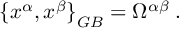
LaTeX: { \{ x ^ { \alpha } , x ^ { \beta } \} } _ { G B } = \Omega ^ { \alpha \beta } \; .